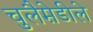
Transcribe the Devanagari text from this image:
चुलैमे़डीले